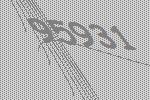
95931